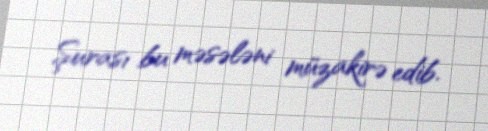
Şurası bu məsələni müzakirə edib.